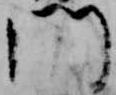
門